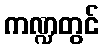
ကဏ္ဍတွင်